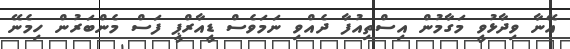
އޭނާ ވިދާޅުވީ މަގާމުން އިސްތިއުފާ ދެއްވި ނަމަވެސް ޑީއާރްޕީ ފަސް މެންބަރުން ހިމެނޭ